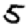
Digit: 5